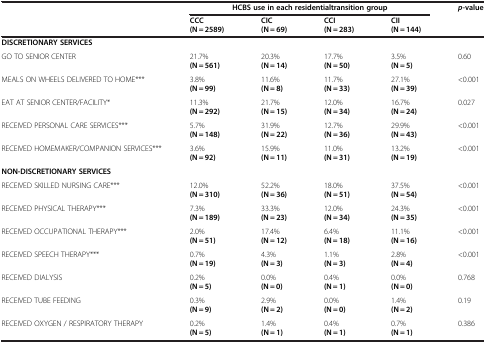
<table><thead><tr><td><b> </b></td><td colspan="4"><b>HCBS use in each residential transition group</b></td><td><b><i>p</i>-value</b></td></tr><tr><td><b> </b></td><td><b>CCC (N = 2589)</b></td><td><b>CIC (N = 69)</b></td><td><b>CCI (N = 283)</b></td><td><b>CII (N = 144)</b></td><td><b> </b></td></tr></thead><tbody><tr><td><b>DISCRETIONARY SERVICES</b></td><td> </td><td> </td><td> </td><td> </td><td> </td></tr><tr><td>GO TO SENIOR CENTER</td><td>21.7% <b>(N = 561)</b></td><td>20.3% <b>(N = 14)</b></td><td>17.7% <b>(N = 50)</b></td><td>3.5% <b>(N = 5)</b></td><td>0.60</td></tr><tr><td>MEALS ON WHEELS DELIVERED TO HOME***</td><td>3.8% <b>(N = 99)</b></td><td>11.6% <b>(N = 8)</b></td><td>11.7% <b>(N = 33)</b></td><td>27.1% <b>(N = 39)</b></td><td>&lt;0.001</td></tr><tr><td>EAT AT SENIOR CENTER/FACILITY*</td><td>11.3% <b>(N = 292)</b></td><td>21.7% <b>(N = 15)</b></td><td>12.0% <b>(N = 34)</b></td><td>16.7% <b>(N = 24)</b></td><td>0.027</td></tr><tr><td>RECEIVED PERSONAL CARE SERVICES***</td><td>5.7% <b>(N = 148)</b></td><td>31.9% <b>(N = 22)</b></td><td>12.7% <b>(N = 36)</b></td><td>29.9% <b>(N = 43)</b></td><td>&lt;0.001</td></tr><tr><td>RECEIVED HOMEMAKER/COMPANION SERVICES***</td><td>3.6% <b>(N = 92)</b></td><td>15.9% <b>(N = 11)</b></td><td>11.0% <b>(N = 31)</b></td><td>13.2% <b>(N = 19)</b></td><td>&lt;0.001</td></tr><tr><td><b>NON-DISCRETIONARY SERVICES</b></td><td> </td><td> </td><td> </td><td> </td><td> </td></tr><tr><td>RECEIVED SKILLED NURSING CARE***</td><td>12.0% <b>(N = 310)</b></td><td>52.2% <b>(N = 36)</b></td><td>18.0% <b>(N = 51)</b></td><td>37.5% <b>(N = 54)</b></td><td>&lt;0.001</td></tr><tr><td>RECEIVED PHYSICAL THERAPY***</td><td>7.3% <b>(N = 189)</b></td><td>33.3% <b>(N = 23)</b></td><td>12.0% <b>(N = 34)</b></td><td>24.3% <b>(N = 35)</b></td><td>&lt;0.001</td></tr><tr><td>RECEIVED OCCUPATIONAL THERAPY***</td><td>2.0% <b>(N = 51)</b></td><td>17.4% <b>(N = 12)</b></td><td>6.4% <b>(N = 18)</b></td><td>11.1% <b>(N = 16)</b></td><td>&lt;0.001</td></tr><tr><td>RECEIVED SPEECH THERAPY***</td><td>0.7% <b>(N = 19)</b></td><td>4.3% <b>(N = 3)</b></td><td>1.1% <b>(N = 3)</b></td><td>2.8% <b>(N = 4)</b></td><td>&lt;0.001</td></tr><tr><td>RECEIVED DIALYSIS</td><td>0.2% <b>(N = 5)</b></td><td>0.0% <b>(N = 0)</b></td><td>0.4% <b>(N = 1)</b></td><td>0.0% <b>(N = 0)</b></td><td>0.768</td></tr><tr><td>RECEIVED TUBE FEEDING</td><td>0.3% <b>(N = 9)</b></td><td>2.9% <b>(N = 2)</b></td><td>0.0% <b>(N = 0)</b></td><td>1.4% <b>(N = 2)</b></td><td>0.19</td></tr><tr><td>RECEIVED OXYGEN / RESPIRATORY THERAPY</td><td>0.2% <b>(N = 5)</b></td><td>1.4% <b>(N = 1)</b></td><td>0.4% <b>(N = 1)</b></td><td>0.7% <b>(N = 1)</b></td><td>0.386</td></tr></tbody></table>